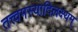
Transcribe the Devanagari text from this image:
तत्त्वमस्यादिलक्ष्यम्